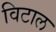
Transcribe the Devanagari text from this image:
विटाल